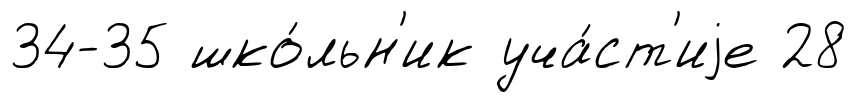
34-35 шко́льн'ик уча́ст'иjе 28